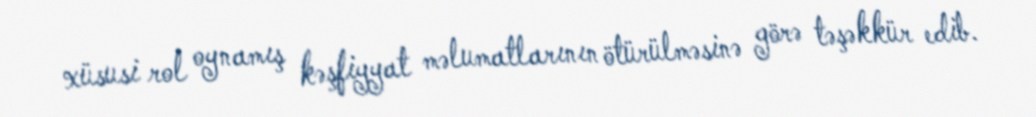
xüsusi rol oynamış kəşfiyyat məlumatlarının ötürülməsinə görə təşəkkür edib.